Leaving Certificate Examination, 1905
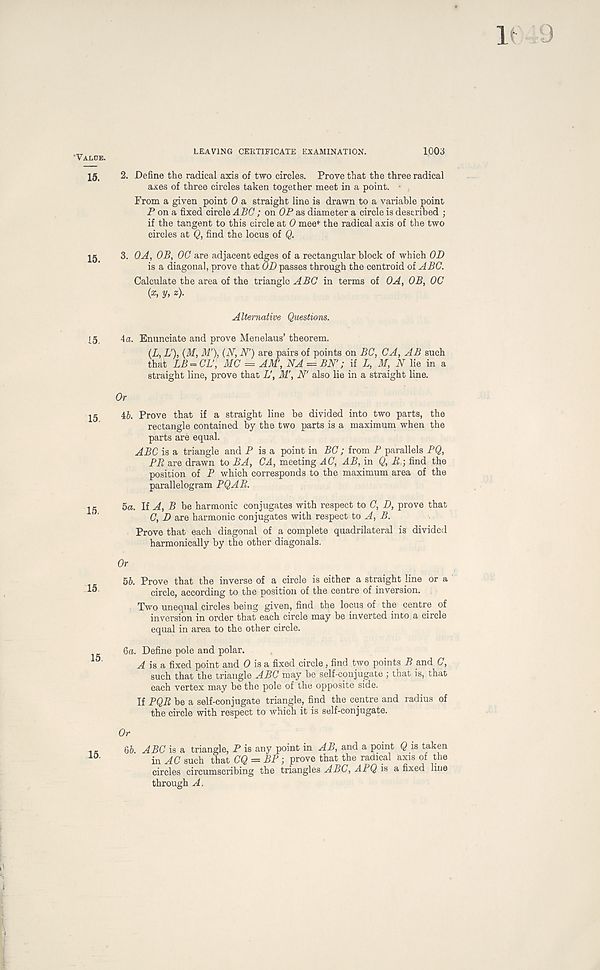
'Value.
15.
15.
15.
15.
15.
15.
15.
LEAVING CERTIFICATE EXAMINATION.
1003
2. Define the radical axis of two circles. Prove that the three radical
axes of three circles taken together meet in a point.
From a given point 0 a straight line is drawn to a variable point
P on a fixed circle ABC; on OP as diameter a circle is described ;
if the tangent to this circle at 0 mee f the radical axis of the two
circles at Q, find the locus of Q.
3. QA, OB, OC are adjacent edges of a rectangular block of which OD
is a diagonal, prove that OD passes through the centroid of ABC.
Calculate the area of the triangle ABC in terms of OA, OB, OC
(x, y, 4
Alternative Questions.
4 a. Enunciate and prove Menelaus’ theorem.
(L, L'), (M, M' ). (N, JV) are pairs of points on BC, CA, AB such
that LB = CL' , MC = AM', NA — BN'; if L, M, N lie in a
straight line, prove thao L', M' , N' also lie in a straight line.
Or
46. Prove that if a straight line be divided into two parts, the
rectangle contained by the two parts is a maximum when the
parts are equal.
ABC is a triangle and P is a point in BC; from P parallels PQ,
PR are drawn to BA, CA, meeting AC, AB, in Q, R ; find the
position of P which corresponds to the maximum area of the
parallelogram PQAR.
5a. If A, B be harmonic conjugates with respect to C, D, prove that
C, D are harmonic conjugates with respect to A, B.
Prove that each diagonal of a complete quadrilateral is divided
harmonically by the other diagonals.
Or
56. Prove that the inverse of a circle is either a straight line or a
circle, according to the position of the centre of inversion.
Two unequal circles being given, find the locus of the centre of
inversion in order that each circle may be inverted into a circle
equal in area to the other circle.
ба. Define pole and polar.
A is a fixed point and 0 is a fixed circle, find two points B and C,
such that the triangle ABC may be self-con jugate ; that is, that
each vertex may be the pole of the opposite side.
If PQR be a self-conjugate triangle, find the centre and radius of
the circle with respect to which it is self-conjugate.
Or
бб. ABC is a triangle, P is any point in AB, and a point Q is taken
in AC such that CQ = BP; prove that the radical axis of the
circles circumscribing the triangles ABC, APQ is a fixed line
through A.
15.